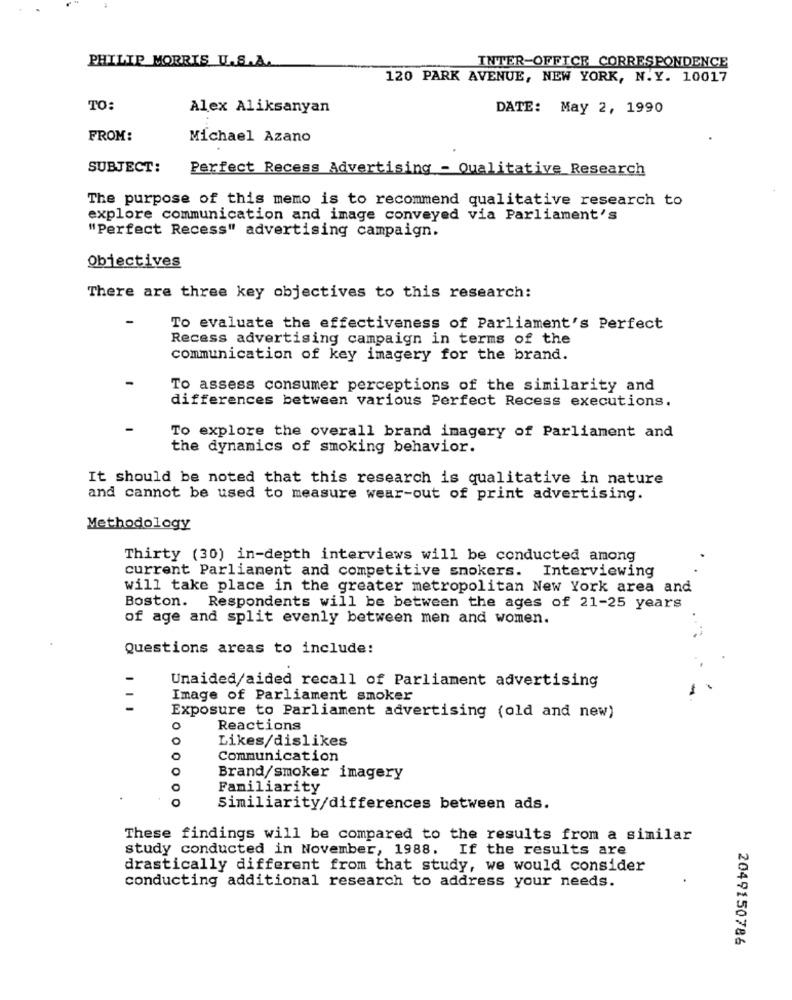
PHILIP MORRIS U.S.A.
INTER-OFFICE CORRESPONDENCE
120 PARK AVENUE, NEW YORK, N.Y. 10017
TO:
Alex Aliksanyan
DATE: May 2, 1990
FROM:
Michael Azano
SUBJECT:
Perfect Recess Advertising - Qualitative Research
The purpose of this memo is to recommend qualitative research to
explore communication and image conveyed via Parliament's
"Perfect Recess" advertising campaign.
Objectives
There are three key objectives to this research:
-
To evaluate the effectiveness of Parliament's Perfect
Recess advertising campaign in terms of the
communication of key imagery for the brand.
To assess consumer perceptions of the similarity and
differences between various Perfect Recess executions.
To explore the overall brand imagery of Parliament and
the dynamics of smoking behavior.
It should be noted that this research is qualitative in nature
and cannot be used to measure wear-out of print advertising.
Methodology
Thirty (30) in-depth interviews will be conducted among
current Parliament and competitive smokers. Interviewing
will take place in the greater metropolitan New York area and
Boston.
Respondents will be between the ages of 21-25 years
of age and split evenly between men and women.
Questions areas to include:
Unaided/aided recall of Parliament advertising
Image of Parliament smoker
Exposure to Parliament advertising (old and new)
0
Reactions
0
Likes/dislikes
Communication
0
Brand/smoker imagery
Familiarity
Similiarity/differences between ads.
These findings will be compared to the results from a similar
study conducted in November, 1988. If the results are
drastically different from that study, we would consider
conducting additional research to address your needs.
2049150786